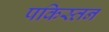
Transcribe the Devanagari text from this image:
पकिस्तन